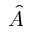
\hat { A }